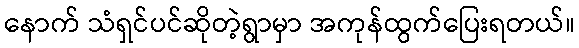
နောက် သံရှင်ပင်ဆိုတဲ့ရွာမှာ အကုန်ထွက်ပြေးရတယ်။